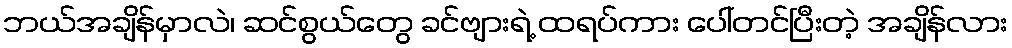
ဘယ်အချိန်မှာလဲ၊ ဆင်စွယ်တွေ ခင်ဗျားရဲ့ ထရပ်ကား ပေါ်တင်ပြီးတဲ့ အချိန်လား